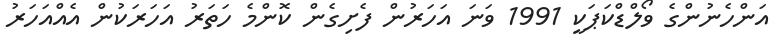
އަންހެނުންގެ ވޯލްޑްކަޕަކީ 1991 ވަނަ އަހަރުން ފެށިގެން ކޮންމެ ހަތަރު އަހަރަކުން އެއްއަހަރު